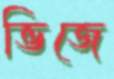
ভিজে